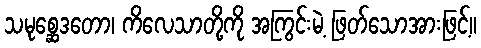
သမုစ္ဆေဒတော၊ ကိလေသာတို့ကို အကြွင်းမဲ့ ဖြတ်သောအားဖြင့်။